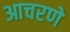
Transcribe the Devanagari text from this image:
आचरणे